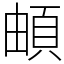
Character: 頔